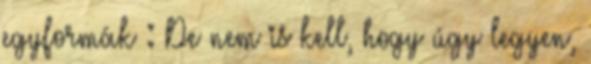
egyformák : De nem is kell, hogy úgy legyen,